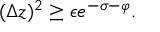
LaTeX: ( \Delta z ) ^ { 2 } \ge \epsilon e ^ { - \sigma - \varphi } .